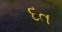
દત